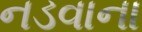
નડવાના